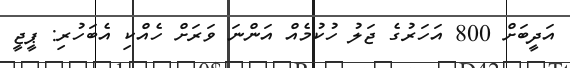
އަދީބަށް 800 އަހަރުގެ ޖަލު ހުކުމެއް އަންނަ ވަރަށް ހެއްކި އެބަހުރި: ޕީޖީ